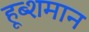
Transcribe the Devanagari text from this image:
हूब्शमान